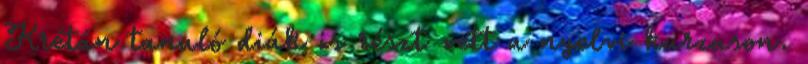
Krétán tanuló diák is részt vett a nyelvi kurzuson.